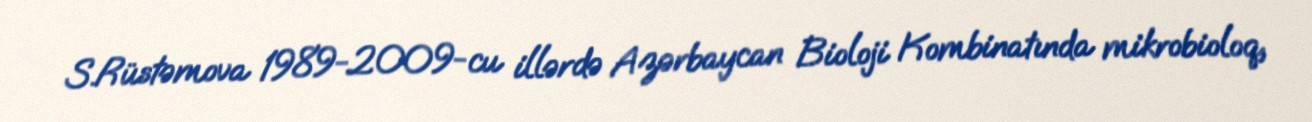
S.Rüstəmova 1989-2009-cu illərdə Azərbaycan Bioloji Kombinatında mikrobioloq,